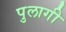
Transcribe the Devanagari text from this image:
पुलागी